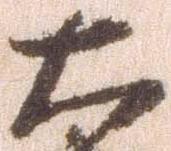
大